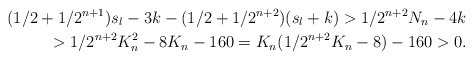
\begin{align*}(1/2 + 1/2^{n+1})s_l - 3k - (1/2 + 1/2^{n+2})(s_l + k) > 1/2^{n+2}N_n - 4k \\> 1/2^{n+2}K_n^2 - 8K_n - 160 = K_n(1/2^{n+2}K_n - 8) - 160 > 0.\end{align*}